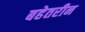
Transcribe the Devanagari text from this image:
बहेतरीन